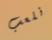
نلعب